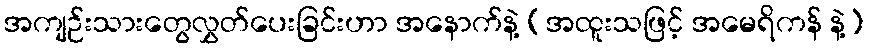
အကျဉ်းသားတွေလွှတ်ပေးခြင်းဟာ အနောက်နဲ့ (အထူးသဖြင့် အမေရိကန် နဲ့)